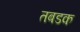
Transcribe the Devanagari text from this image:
तबडक